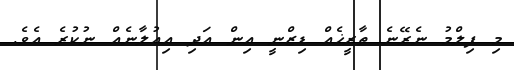
މި ފިލްމު ނެރޭނެ ތާރީޚެއް ޑިޒްނީ އިން އަދި އިއުލާނެއް ނުކުރެ އެވެ.